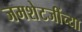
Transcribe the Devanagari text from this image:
जमशेटजींच्या